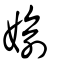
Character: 媮